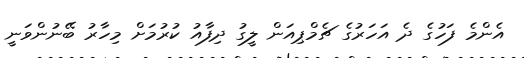
އެންމެ ފަހުގެ ދެ އަހަރުގެ ޗެމްޕިއަން ލީގު ދިފާއު ކުރުމަށް މިހާރު ބޭނުންވަނީ